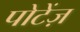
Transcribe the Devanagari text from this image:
पोटेंज़